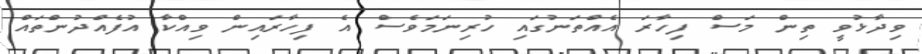
ވިދާޅުވީ ތިން މަސް ފިހާރަ އެއްތަނުގައި ހުރިނަމަވެސް އެ ފިހާރައިން ވިއްކާ އުފެއްދުންތައް